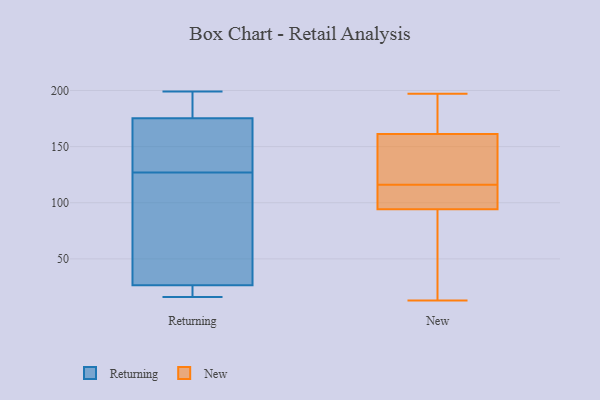
{"axis": {"x": "Page Views", "y": "Value"}, "legend": ["New", "Returning"], "data": [{"x": "", "y": 25, "type": "Returning"}, {"x": "", "y": 16, "type": "Returning"}, {"x": "", "y": 25, "type": "Returning"}, {"x": "", "y": 175, "type": "Returning"}, {"x": "", "y": 127, "type": "Returning"}, {"x": "", "y": 133, "type": "Returning"}, {"x": "", "y": 198, "type": "Returning"}, {"x": "", "y": 17, "type": "Returning"}, {"x": "", "y": 78, "type": "Returning"}, {"x": "", "y": 27, "type": "Returning"}, {"x": "", "y": 186, "type": "Returning"}, {"x": "", "y": 39, "type": "Returning"}, {"x": "", "y": 134, "type": "Returning"}, {"x": "", "y": 199, "type": "Returning"}, {"x": "", "y": 46, "type": "Returning"}, {"x": "", "y": 176, "type": "Returning"}, {"x": "", "y": 150, "type": "Returning"}, {"x": "", "y": 197, "type": "New"}, {"x": "", "y": 103, "type": "New"}, {"x": "", "y": 23, "type": "New"}, {"x": "", "y": 93, "type": "New"}, {"x": "", "y": 147, "type": "New"}, {"x": "", "y": 164, "type": "New"}, {"x": "", "y": 98, "type": "New"}, {"x": "", "y": 153, "type": "New"}, {"x": "", "y": 116, "type": "New"}, {"x": "", "y": 180, "type": "New"}, {"x": "", "y": 13, "type": "New"}]}